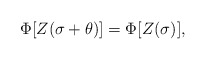
\begin{align*}\Phi[Z(\sigma+\theta)]=\Phi[Z(\sigma)] ,\end{align*}